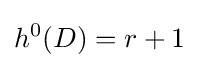
h^{0}(D)=r+1